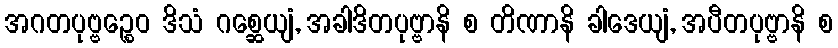
အဂတပုဗ္ဗဉ္စေဝ ဒိသံ ဂစ္ဆေယျံ, အခါဒိတပုဗ္ဗာနိ စ တိဏာနိ ခါဒေယျံ, အပီတပုဗ္ဗာနိ စ